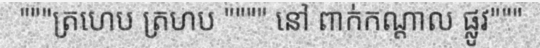
"""ត្រហេប ត្រហប """" នៅ ពាក់កណ្តាល ផ្លូវ"""